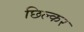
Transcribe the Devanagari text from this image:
छिल्कर